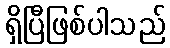
ရှိပြီဖြစ်ပါသည်